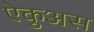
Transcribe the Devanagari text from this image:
ऐकुअस